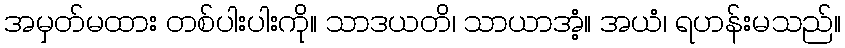
အမှတ်မထား တစ်ပါးပါးကို။ သာဒယတိ၊ သာယာအံ့။ အယံ၊ ရဟန်းမသည်။